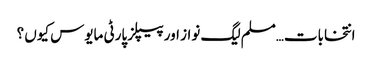
انتخابات…مسلم لیگ نواز اور پیپلز پارٹی مایوس کیوں ؟